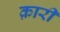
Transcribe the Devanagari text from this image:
क़ारी